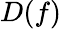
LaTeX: D(f)